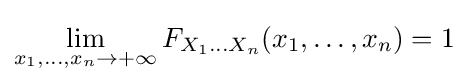
\lim _{x_{1},\ldots ,x_{n}\to +\infty }F_{X_{1}\ldots X_{n}}(x_{1},\ldots ,x_{n})=1